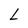
Character: L